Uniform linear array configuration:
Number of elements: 64
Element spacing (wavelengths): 0.25
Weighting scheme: kaiser
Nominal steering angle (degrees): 30
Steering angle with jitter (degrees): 29.967
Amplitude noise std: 0.05
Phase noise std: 0.05

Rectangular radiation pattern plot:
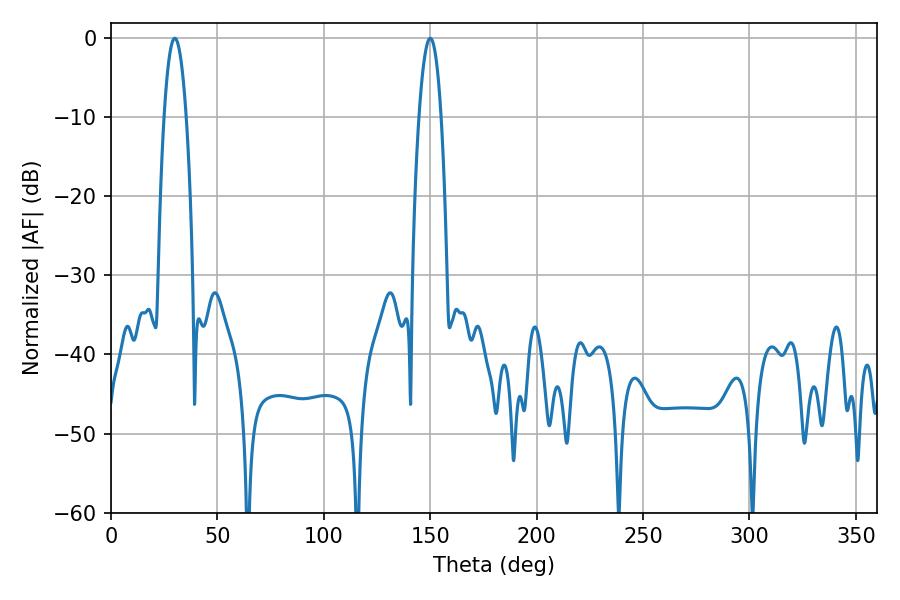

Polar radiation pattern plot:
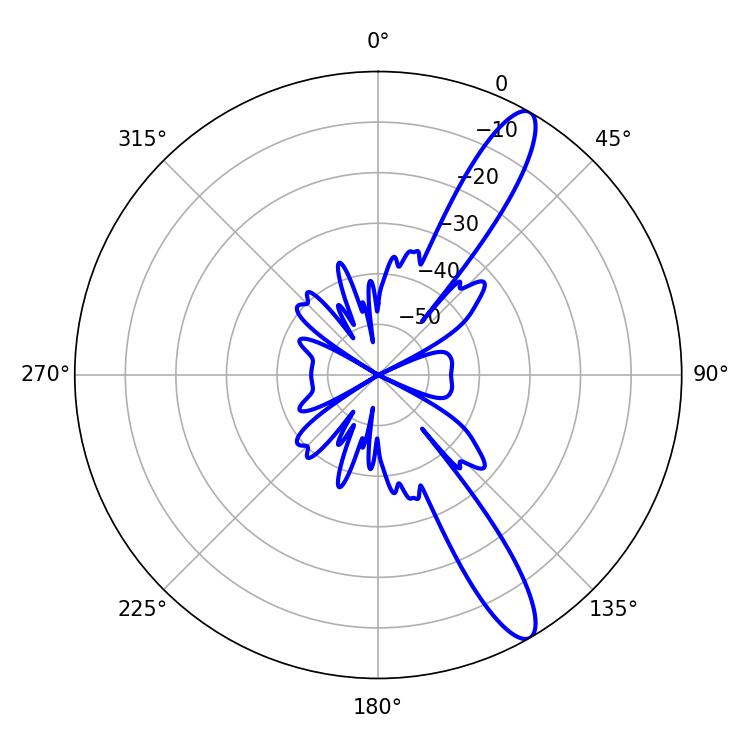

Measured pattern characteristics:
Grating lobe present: FALSE
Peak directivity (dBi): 12.664
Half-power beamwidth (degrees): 5.76
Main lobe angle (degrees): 30.06